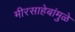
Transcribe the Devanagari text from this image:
मीरसाहेबांमुळे